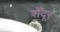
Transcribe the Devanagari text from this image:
शेँदूर